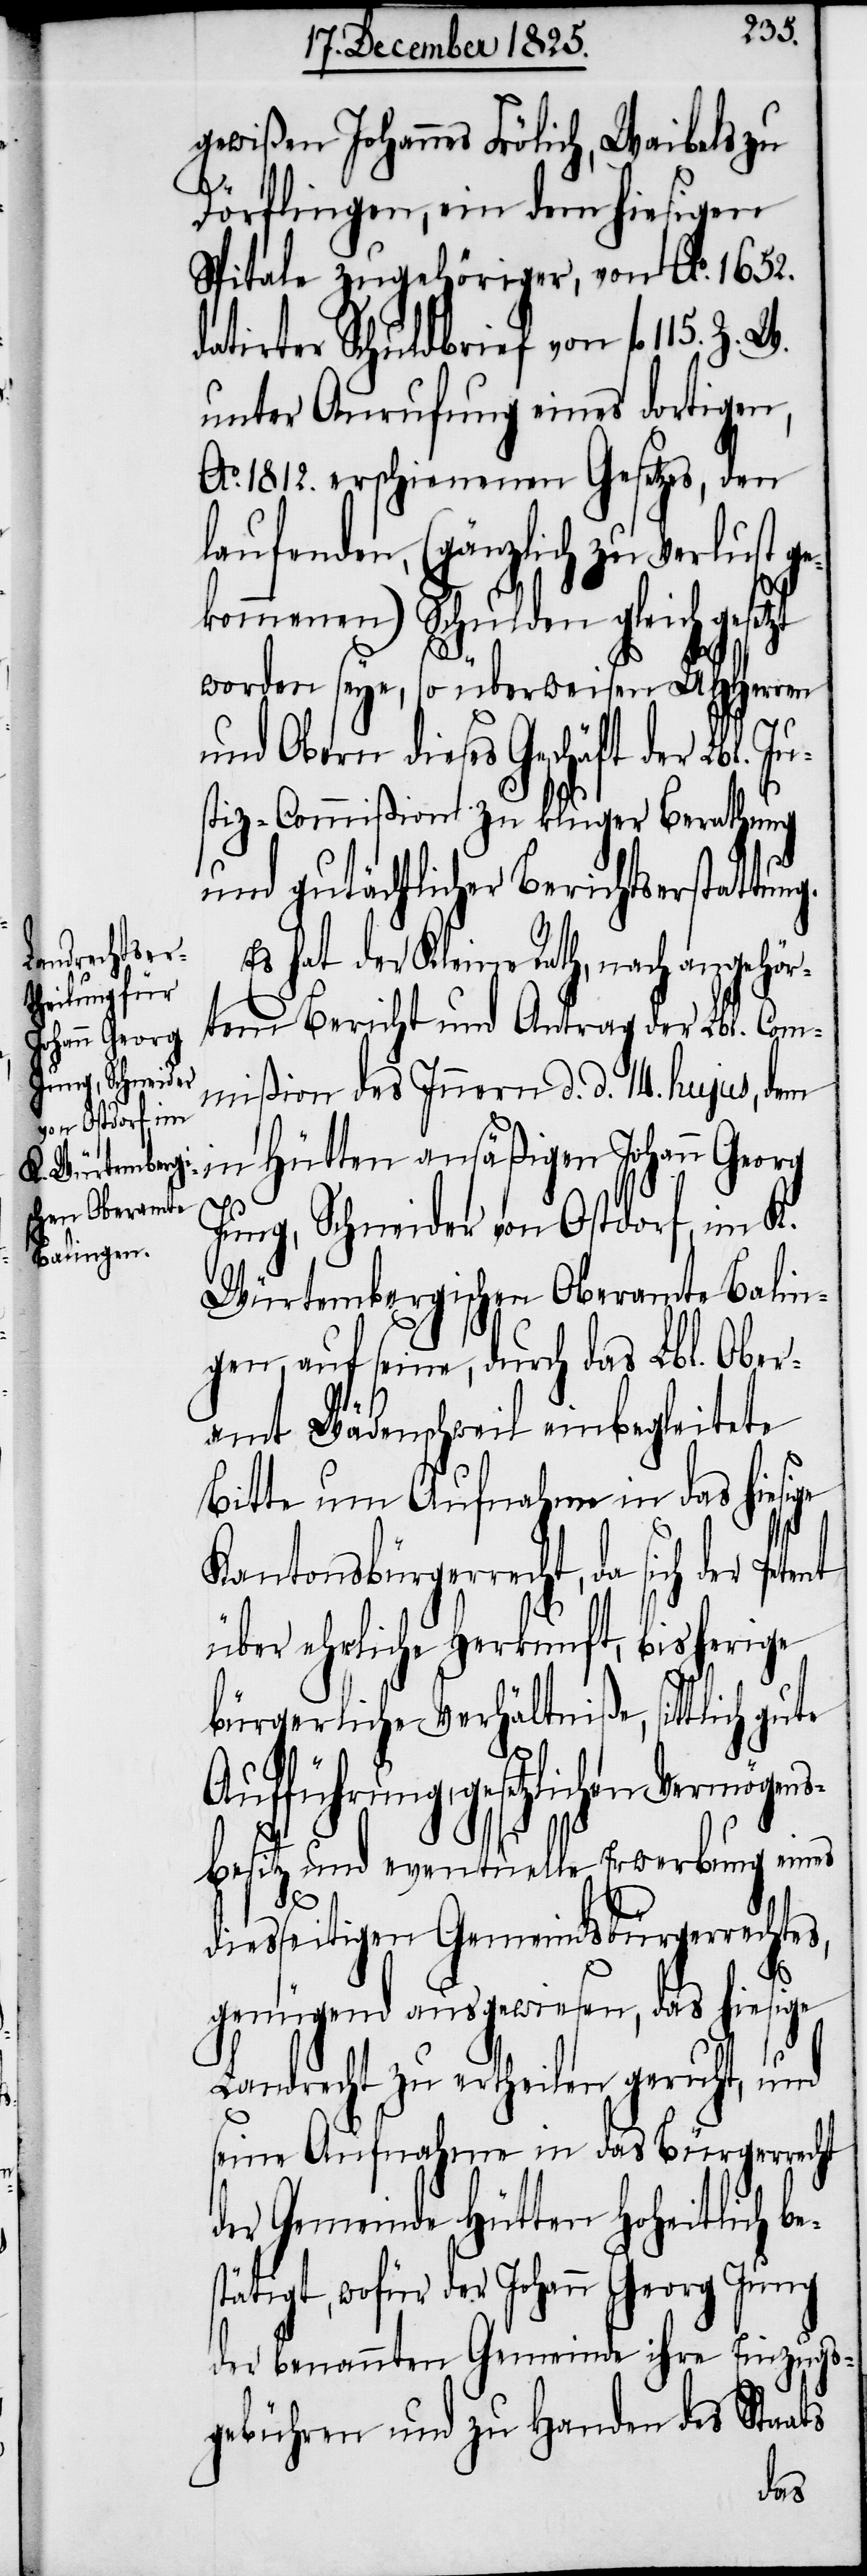
gewißen Johannes Frölich, Waibels zu
Dörflingen, ein dem hiesigen
Spitale zugehöriger, von Ao. 1652.
datirter Schuldbrief von fl. 115.
unter Anrufung eines dortigen,
Ao. 1812. erschienenen Gesetzes, den
zu Verlust ge¬
kommenen) Schulden gleichgesetzt
worden seye, so überwiesen UHHerren
und Obern dieses Geschäft der Lbl. J¬
tiz-Commißion zu kluger Berathung
und gutächtlicher Berichtserstattung.
hat der Kleine Rath, nach angehör¬
tem Bericht und Antrag der Lbl. Com¬
mißion des Innern d. d. 14. hujus, dem
in Hütten ansäßigen Johann Georg
us¬
Jung, Schneider von Ostdorf, im K.
Würtembergischen Oberamte Balin¬
gen, auf seine, durch das Lbl. Ober¬
amt Wädenschweil einbegleitete
Bitte um Aufnahme in das hiesige
Kantonsbürgerrecht, da sich
über ehrliche Herkunft, bisherige
bürgerliche Verhältniße, sittlich
Aufführung, gesetzlichen Vermögens¬
besitz und eventuelle Erwerbung eines
diesseitigen Gemeindsbürgerrechtes,
genügend ausgewiesen, das hiesige
Landrecht zu ertheilen geruht, und
seine Aufnahme in das Bürgerrecht
der Gemeinde Hütten hoheitlich be¬
stätigt, wofür der Johann Georg Jung
der benannten Gemeinde ihre Einzugs¬
gebühren und zu Handen des Staats
der